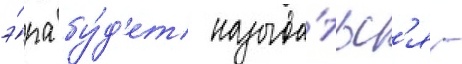
э́ра бу́д'ет называ́тьс'я -